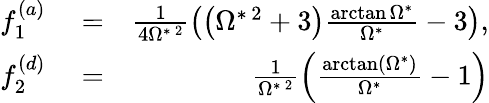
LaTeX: \begin{array}{rlr}{f_{1}^{(a)}}&{{}=}&{\frac{1}{4\Omega^{*\, 2}}\left(\left(\Omega^{*\, 2}+3\right)\frac{\arctan\Omega^{*}}{\Omega^{*}}-3\right),}\\ {f_{2}^{(d)}}&{{}=}&{\frac{1}{\Omega^{*\, 2}}\left(\frac{\arctan\left(\Omega^{*}\right)}{\Omega^{*}}-1\right)}\end{array}